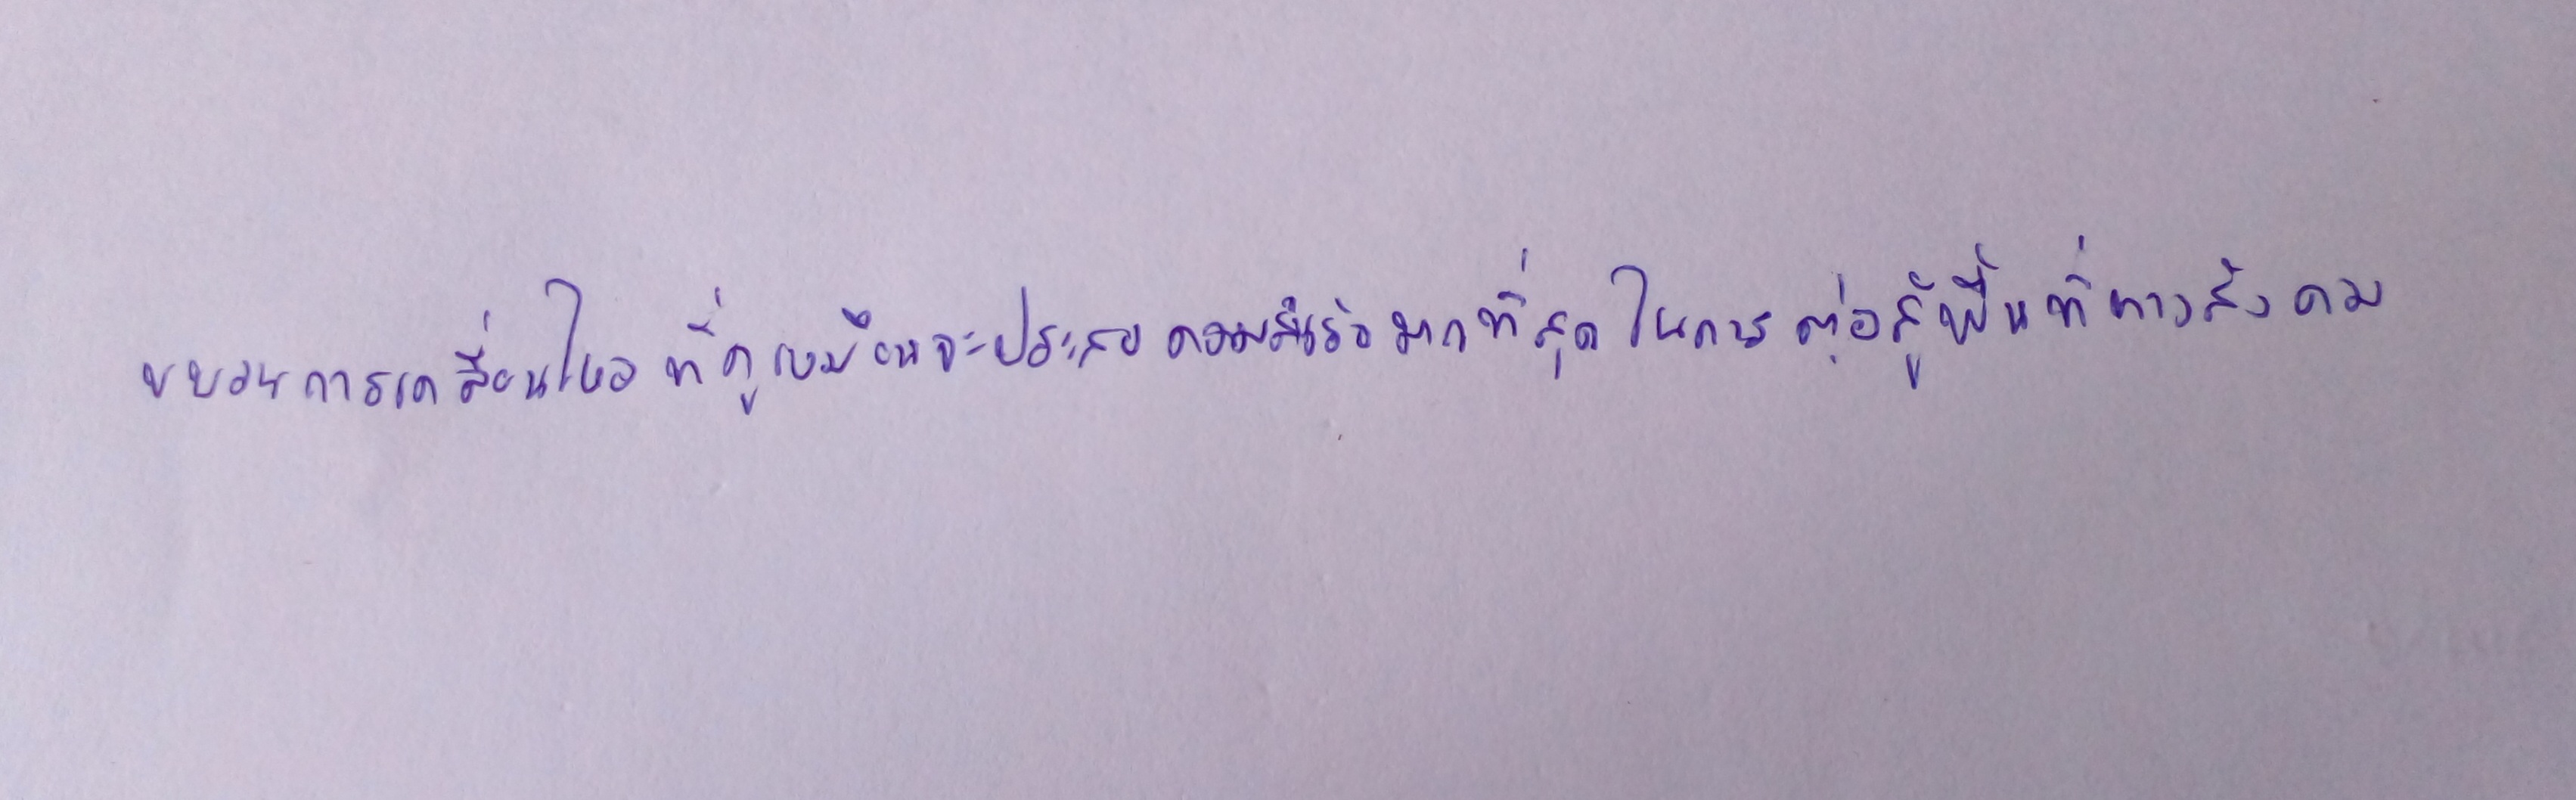
ขบวนการเคลื่อนไหวที่ดูเหมือนจะประสบความสำเร็จมากที่สุดในการต่อสู้พื้นที่ทางสังคม